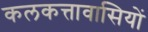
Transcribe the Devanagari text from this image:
कलकत्तावासियों